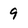
Character: 9